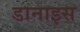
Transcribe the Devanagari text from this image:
डानाइस